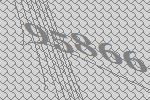
95866